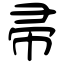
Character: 帚